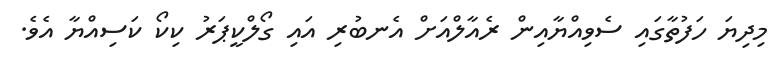
މިދިޔަ ހަފުތާގައި ސެވިއްޔާއިން ރެއާލްއަށް އެނބުރި އައި ގޯލްކީޕަރު ކިކޯ ކަސިއްޔާ އެވެ.